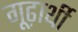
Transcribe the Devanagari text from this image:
गूढ़ार्थी